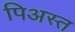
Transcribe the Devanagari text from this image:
पिअस्त